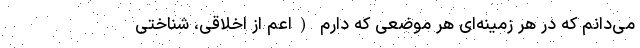
می‌دانم که در هر زمینه‌ای هر موضعی که دارم (اعم از اخلاقی، شناختی